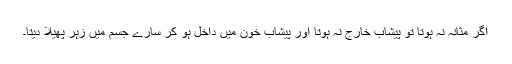
اگر مثانہ نہ ہوتا تو پیشاب خارج نہ ہوتا اور پیشاب خون میں داخل ہو کر سارے جسم میں زہر پھیلا دیتا۔